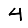
Digit: 4